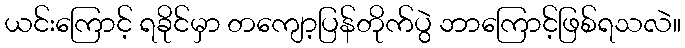
ယင်းကြောင့် ရခိုင်မှာ တကျော့ပြန်တိုက်ပွဲ ဘာကြောင့်ဖြစ်ရသလဲ။